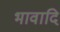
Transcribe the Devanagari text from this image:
भावादि